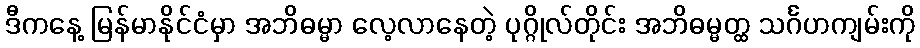
ဒီကနေ့ မြန်မာနိုင်ငံမှာ အဘိဓမ္မာ လေ့လာနေတဲ့ ပုဂ္ဂိုလ်တိုင်း အဘိဓမ္မတ္ထ သင်္ဂဟကျမ်းကို